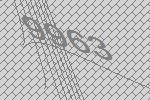
9963